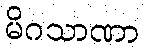
မိဂသာဏာ